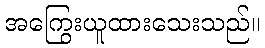
အကြွေးယူထားသေးသည်။